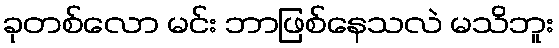
ခုတစ်လော မင်း ဘာဖြစ်နေသလဲ မသိဘူး